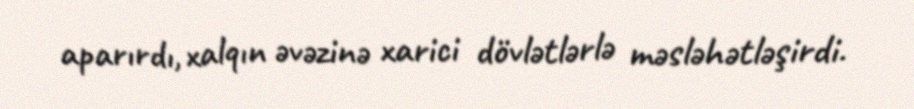
aparırdı, xalqın əvəzinə xarici dövlətlərlə məsləhətləşirdi.